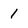
Character: 1